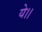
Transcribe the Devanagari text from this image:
ये।।